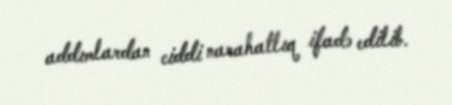
addımlardan ciddi narahatlıq ifadə edilib.